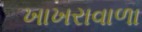
ખાખરાવાળા